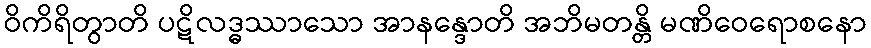
ဝိကိရိတွာတိ ပဋိလဒ္ဓဿာသော အာနန္ဒောတိ အဘိမတန္တိ မဏိဝေရောစနော